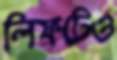
লিফটেও